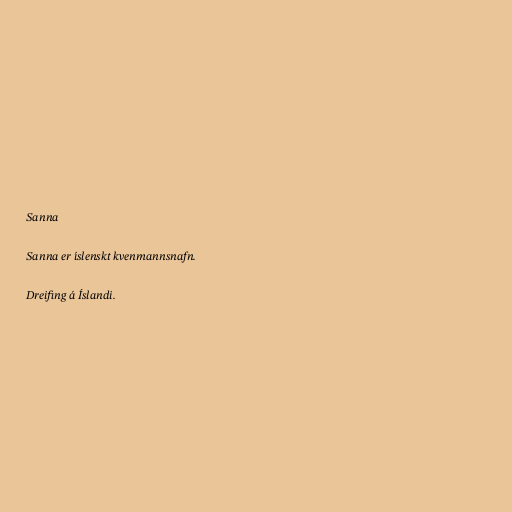
Sanna

Sanna er íslenskt kvenmannsnafn.

Dreifing á Íslandi.